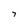
Character: 7